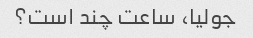
جولیا، ساعت چند است؟